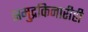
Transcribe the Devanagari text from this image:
समुद्रकिनारीही